Indian journal of veterinary science and animal husbandry - Volume 9,
Year: 1939
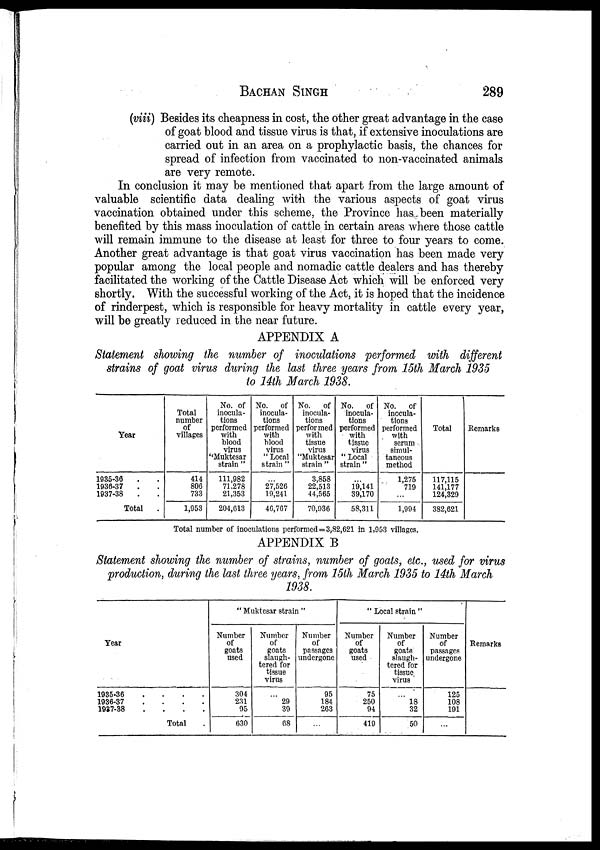
BACHAN SINGH 289
(viii) Besides its cheapness in cost, the other great advantage in the case
of goat blood and tissue virus is that, if extensive inoculations are
carried out in an area on a prophylactic basis, the chances for
spread of infection from vaccinated to non-vaccinated animals
are very remote.
In conclusion it may be mentioned that apart from the large amount of
valuable scientific data dealing with the various aspects of goat virus
vaccination obtained under this scheme, the Province has been materially
benefited by this mass inoculation of cattle in certain areas where those cattle
will remain immune to the disease at least for three to four years to come.
Another great advantage is that goat virus vaccination has been made very
popular among the local people and nomadic cattle dealers and has thereby
facilitated the working of the Cattle Disease Act which will be enforced very
shortly. With the successful working of the Act, it is hoped that the incidence
of rinderpest, which is responsible for heavy mortality in cattle every year,
will be greatly reduced in the near future.
APPENDIX A
Statement showing the number of inoculations performed with different
strains of goat virus during the last three years from 15th March 1935
to 14th March 1938.
Year
1935-36 . .
1936-37 . .
1937-38 . .
Total .
Total
number
of
villages
414
806
733
1,953
No. of
inocula-
tions
performed
with
blood
virus
"Muktesar
strain "
111,982
71,278
21,353
204,613
No.
of
inocula-
tions
performed
with
blood
virus
" Local
strain "
...
27,526
19,241
46,767
No.
of
inocula-
tions
performed
with
tissue
virus
"Muktesar
strain "
3,858
22,513
44,565
70,936
No.
of
inocula-
tions
performed
with
tissue
virus
" Local
strain "
...
19,141 39,170
58,311
No.
of
inocula-
tions
performed
with
serum
simul-
taneous
method
1,275
719
...
1,994
Total
117,115
141,177
124,329
382,621
Remarks
Total number of inoculations performed=3,82,621 in 1,953 villages.
APPENDIX B
Statement showing the number of strains, number of goats, etc., used for virus
production, during the last three years, from 15th March 1935 to 14th March
1938.
Year
1935-36 . . . .
1936-37
.
.
.
.
1937-38
.
.
.
.
Total .
" Muktesar strain "
Number
of
goats
used
304
231
95
630
Number
of
goats
slaugh-
tered for
tissue
virus
...
29 39
68
Number
of
passages
undergone
95
184
263
...
" Local strain "
Number
of
goats
used
75
250
94
419
Number
of
goats
slaugh-
tered for
tissue
virus
...
18 32
50
Number
of
passages
undergone
125
108
191
...
Remarks